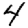
Digit: 4